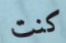
كنت